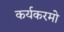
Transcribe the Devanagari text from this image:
कर्यकरमो